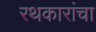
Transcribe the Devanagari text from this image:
रथकारांचा